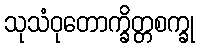
သုသံဝုတောက္ခိတ္တစက္ခု